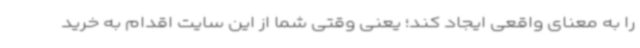
را به معنای واقعی ایجاد کند؛ یعنی وقتی شما از این سایت اقدام به خرید